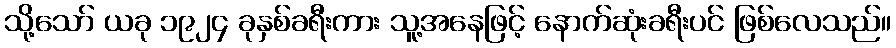
သို့သော် ယခု ၁၉၂၄ ခုနှစ်ခရီးကား သူ့အနေဖြင့် နောက်ဆုံးခရီးပင် ဖြစ်လေသည်။